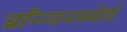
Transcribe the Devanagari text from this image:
ब्रन्न्विनस्बोर्ड